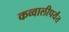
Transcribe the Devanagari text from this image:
कव्वालीपर्यंत